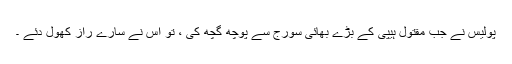
پولیس نے جب مقتول ہیپی کے بڑے بھائی سورج سے پوچھ گچھ کی ، تو اس نے سارے راز کھول دئے ۔